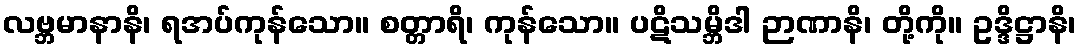
လဗ္ဘမာနာနိ၊ ရအပ်ကုန်သော။ စတ္တာရိ၊ ကုန်သော။ ပဋိသမ္ဘိဒါ ဉာဏာနိ၊ တို့ကို။ ဥဒ္ဒိဋ္ဌာနိ၊